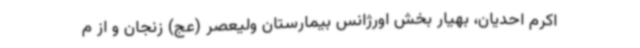
اکرم احدیان، بهیار بخش اورژانس بیمارستان ولیعصر (عج) زنجان و از م